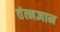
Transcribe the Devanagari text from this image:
तंत्नज्ञान